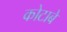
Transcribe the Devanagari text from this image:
कोटाबे